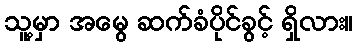
သူ့မှာ အမွေ ဆက်ခံပိုင်ခွင့် ရှိလား။